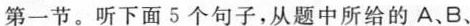
第一节。听下面5个句子，从题中所给的A、B、